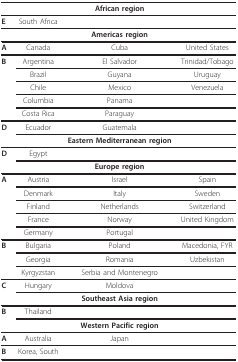
<table><thead><tr><td></td><td></td><td><b>African region</b></td><td></td></tr></thead><tbody><tr><td><b>E</b></td><td>South Africa</td><td></td><td></td></tr><tr><td></td><td></td><td><b>Americas region</b></td><td></td></tr><tr><td><b>A</b></td><td>Canada</td><td>Cuba</td><td>United States</td></tr><tr><td><b>B</b></td><td>Argentina</td><td>El Salvador</td><td>Trinidad/Tobago</td></tr><tr><td></td><td>Brazil</td><td>Guyana</td><td>Uruguay</td></tr><tr><td></td><td>Chile</td><td>Mexico</td><td>Venezuela</td></tr><tr><td></td><td>Columbia</td><td>Panama</td><td></td></tr><tr><td></td><td>Costa Rica</td><td>Paraguay</td><td></td></tr><tr><td><b>D</b></td><td>Ecuador</td><td>Guatemala</td><td></td></tr><tr><td></td><td></td><td><b>Eastern Mediterranean region</b></td><td></td></tr><tr><td><b>D</b></td><td>Egypt</td><td></td><td></td></tr><tr><td></td><td></td><td><b>Europe region</b></td><td></td></tr><tr><td><b>A</b></td><td>Austria</td><td>Israel</td><td>Spain</td></tr><tr><td></td><td>Denmark</td><td>Italy</td><td>Sweden</td></tr><tr><td></td><td>Finland</td><td>Netherlands</td><td>Switzerland</td></tr><tr><td></td><td>France</td><td>Norway</td><td>United Kingdom</td></tr><tr><td></td><td>Germany</td><td>Portugal</td><td></td></tr><tr><td><b>B</b></td><td>Bulgaria</td><td>Poland</td><td>Macedonia, FYR</td></tr><tr><td></td><td>Georgia</td><td>Romania</td><td>Uzbekistan</td></tr><tr><td></td><td>Kyrgyzstan</td><td>Serbia and Montenegro</td><td></td></tr><tr><td><b>C</b></td><td>Hungary</td><td>Moldova</td><td></td></tr><tr><td></td><td></td><td><b>Southeast Asia region</b></td><td></td></tr><tr><td><b>B</b></td><td>Thailand</td><td></td><td></td></tr><tr><td></td><td></td><td><b>Western Pacific region</b></td><td></td></tr><tr><td><b>A</b></td><td>Australia</td><td>Japan</td><td></td></tr><tr><td><b>B</b></td><td>Korea, South</td><td></td><td></td></tr></tbody></table>